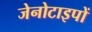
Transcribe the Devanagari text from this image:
जेनोटाइपों